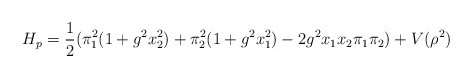
\begin{align*}H_p = \frac{1}{2}(\pi_1^2(1+g^2x_2^2)+ \pi_2^2(1+g^2x_1^2)-2g^2x_1x_2\pi_1\pi_2)+V(\rho^2) \end{align*}